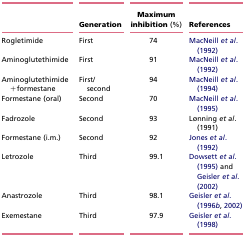
|  | Generation | Maximum inhibition (%) | References |
 | --- | --- | --- | --- |
 | Rogletimide | First | 74 | MacNeill et al. (1992) |
 | Aminoglutethimide | First | 91 | MacNeill et al. (1992) |
 | Aminoglutethimide+formestane | First/second | 94 | MacNeill et al. (1994) |
 | Formestane (oral) | Second | 70 | MacNeill et al. (1995) |
 | Fadrozole | Second | 93 | Lønning et al. (1991) |
 | Formestane (i.m.) | Second | 92 | Jones et al. (1992) |
 | Letrozole | Third | 99.1 | Dowsett et al. (1995) and Geisler et al. (2002) |
 | Anastrozole | Third | 98.1 | Geisler et al. (1996b, 2002) |
 | Exemestane | Third | 97.9 | Geisler et al. (1998) |